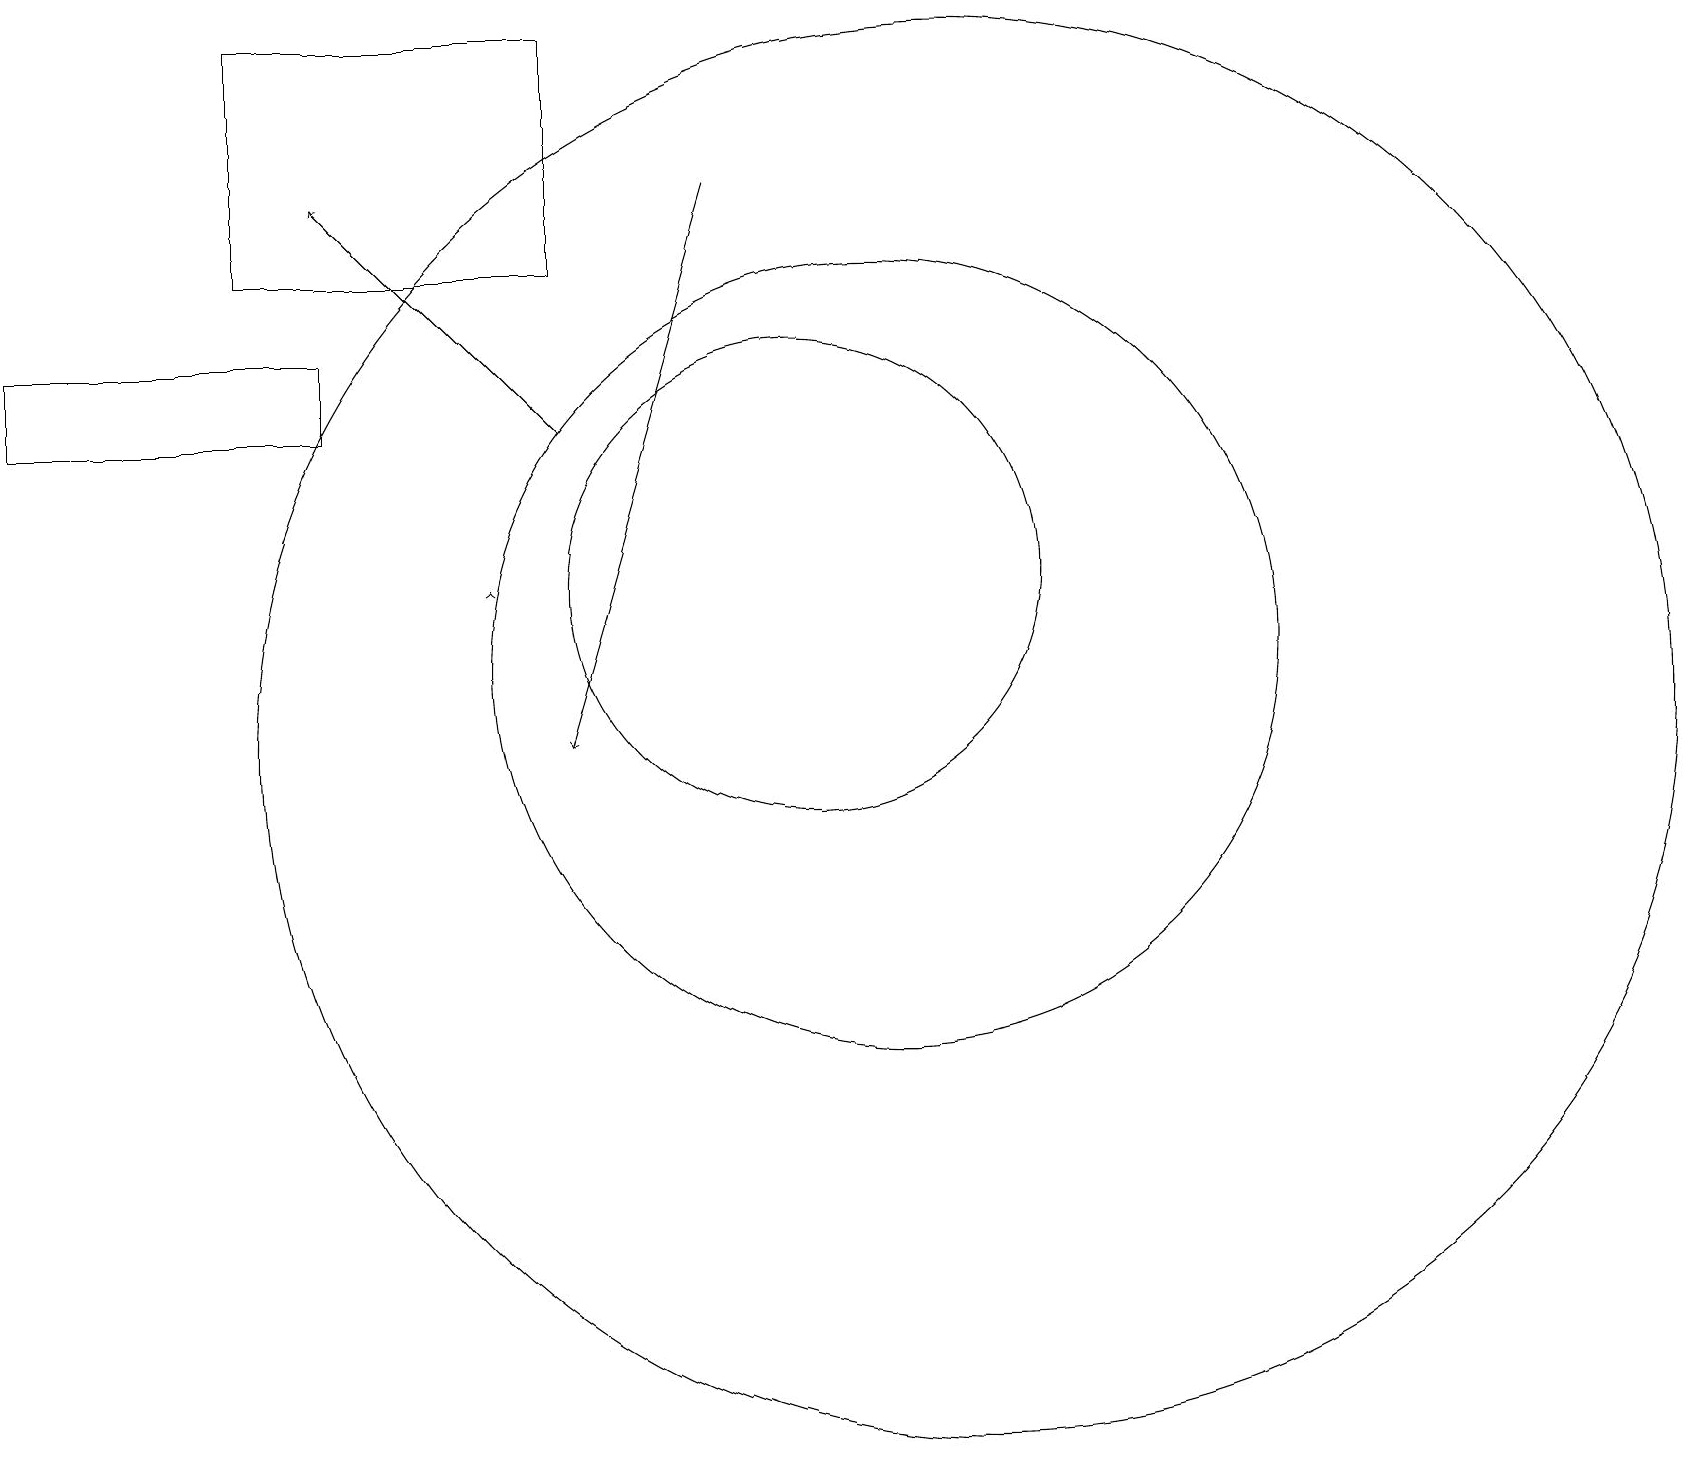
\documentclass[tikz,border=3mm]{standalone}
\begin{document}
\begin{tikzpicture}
\draw (12,10) circle (9);
\draw (11,11) circle (5);
\draw[->] (9,17) -- (7,10);
\draw (3,16) rectangle (7,19);
\draw (10,12) circle (3);
\draw[->] (7,14) -- (4,17);
\draw[->] (6,12) -- (6,12);
\draw (4,15) rectangle (0,14);
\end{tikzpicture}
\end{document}